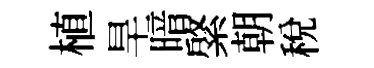
植旱暗綮朝稅